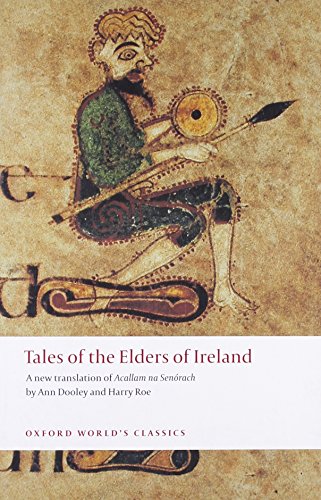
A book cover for Tales of the Elders of Ireland (Oxford World's Classics); Literature & Fiction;